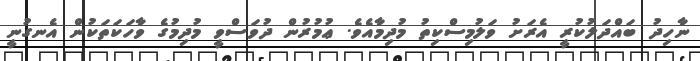
ނާހިދު ބައްދަލުކުރީ އެރަށު ވަލުމިސްކިތު މުދިމާއެވެ. ޢުމުރުން ދުވަސްވީ މުދިމުގެ ވާހަކަތަކުން އެނގުނީ